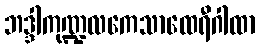
ဘဒ္ဒါကုဏ္ဍလကေသာထေရီဂါထာ